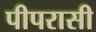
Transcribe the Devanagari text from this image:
पीपरासी